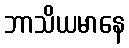
ဘာသိယမာနေ